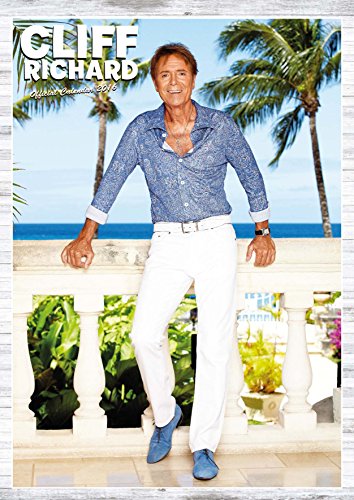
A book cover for The Official Cliff Richard 2016 A3 Calendar; Calendars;